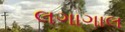
લગાગાલ